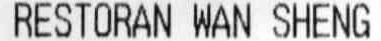
RESTORAN WAN SHENG